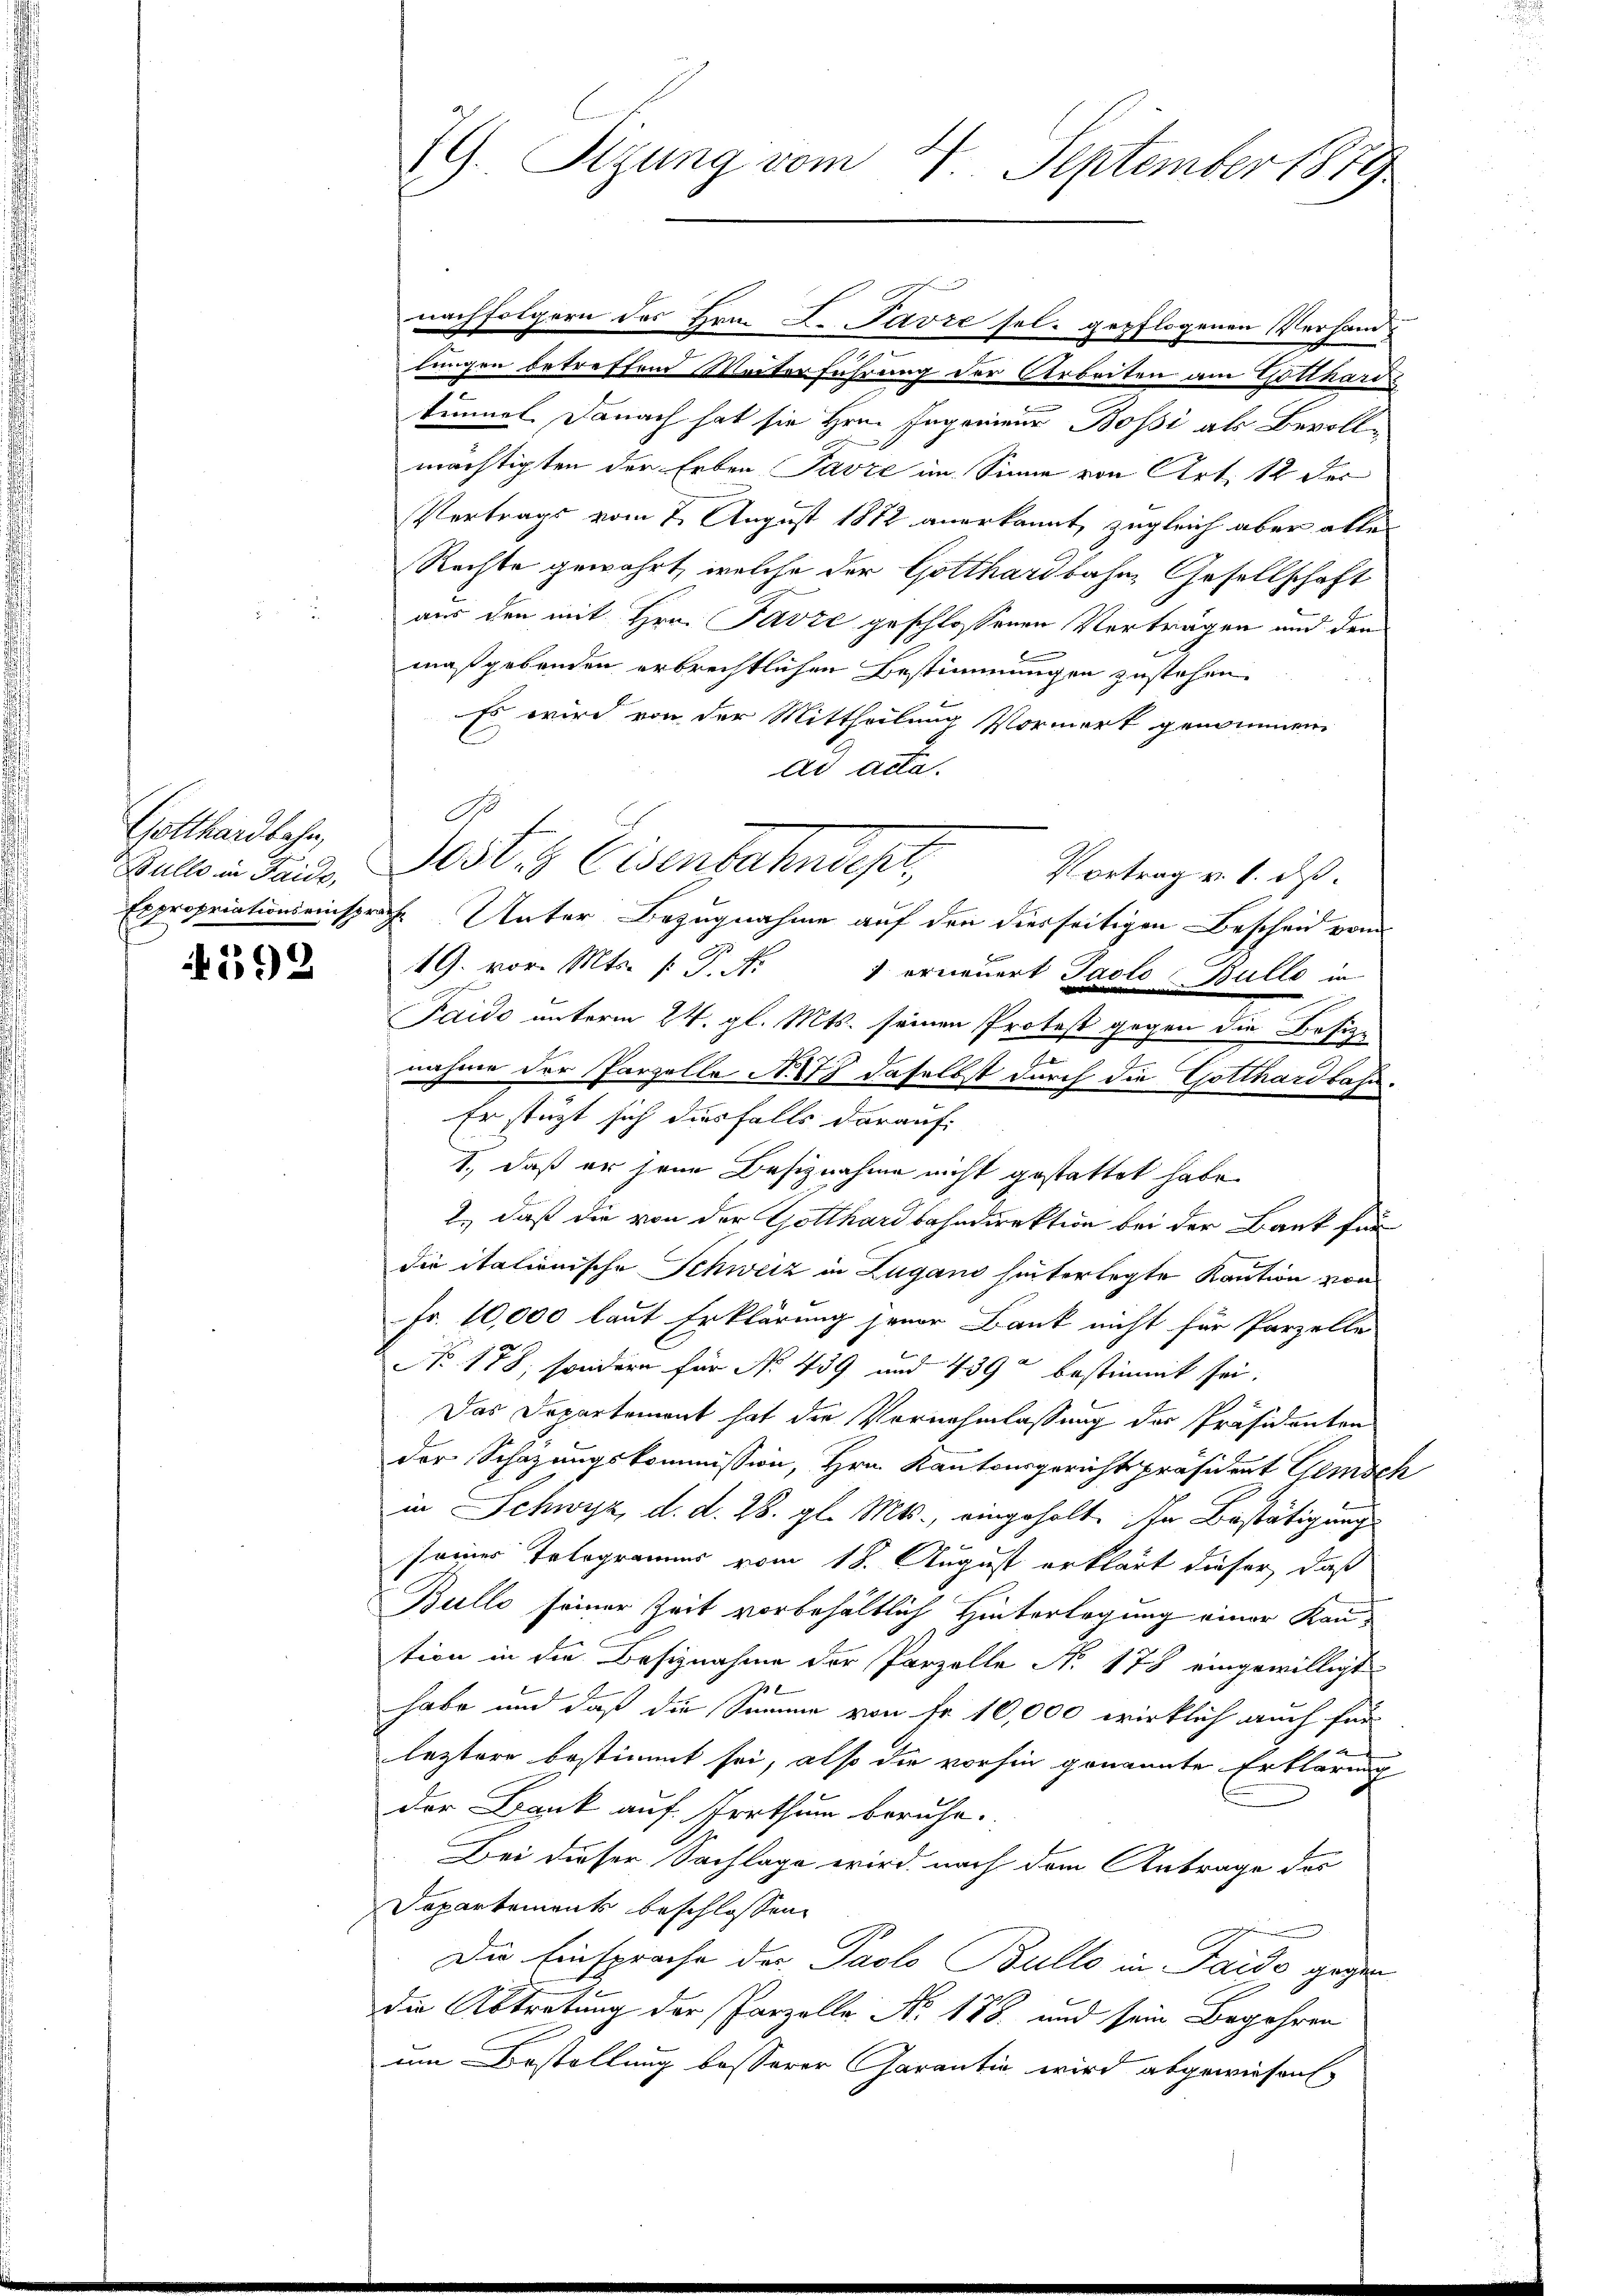
Gotthardbahn,
Bulle in Faide,

592

SG. Sizung vom 4. September 1879

nachfolgern des Hrn. F. Pavre sel. gepflogenen Verhand
lungen betreffend Materführung der Arbeiten am Gotthards
timmt. Danach hat sie Hrn. Ingenieur Bossi als Bevollmächtigten der Erben Parze im Sinne von Art. 12 der
Vertrags vom 2. August 1882 anerkannt, zugleich aber alles
Rechte gewährt, welche der Gotthardbahn, Gesellschaft
aus den mit Hrn. Parze geschlossenen Vertragen und den
E
maßgebenden erbrechtlichen Bestimmungen zustehen.
Es wird von der Mittheilung Vormerk genommene
Ad Acta.
Vortrag v. 1. ds.
Expropriationseinsprache Unter Bezugnahme auf den diesseitigen Bescheid vom
19. vor. Mts. /: P. Nr. 7 orneuert Jaolo Bulle in
Taido unterm 24. gl. Mts. seinen Protest gegen die Besize
nahme der Parzelle N. 8 daselbst durch die Gotthardbahn
Er stützt sich diesfalls darauf:
1., daß er jene Besiznahme nicht gestattet habe.
2., daß die von der Gotthardbahndirektion bei der Bank für
die italionische Schweiz in Lugano hinterlegte Kaution von
Fr. 10,000 laut Erklärung jener Bank nicht für Parzelle
NNo. 178, sondern für No 439 und 439 bestimmt sei.
Das Departement hat die Vornahmlassung der Präsidenten
der Schazungskommission, Hrn. Kantonsgerichtspräsident Gemsch
in Schwyz, d. d. 28. gl. Mts., eingeholt. In Bestätigung
seines Telegramms vom 18. August erklärt dieser, daß
Bullo seiner Zeit vorbehältlich Hinterlegung einer Kantion in die Besiznahme der Parzelle No 178 eingewilligt
habe und daß die Summe von Fr. 10,000 wirklich auch für
.
leztere bestimmt sei, also die vorhin genannte Erklärung
der Dank auf Irrthum beruhe.
Bei dieser Sachlage wird nach dem Antrage des
Departements beschlossene
Die Einsprache der Paolo Bullo in Pardo gegen
die Abtretung der Parzelle No. 178. und sein Begehren
um Bestellung besserer Garantin wird abgewiesen

G
Josts Eisenbahndepr